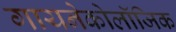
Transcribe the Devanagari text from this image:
गायनेकोलॉजिक